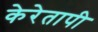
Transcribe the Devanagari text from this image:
केरेतापी